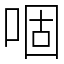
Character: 𠴱